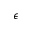
\epsilon